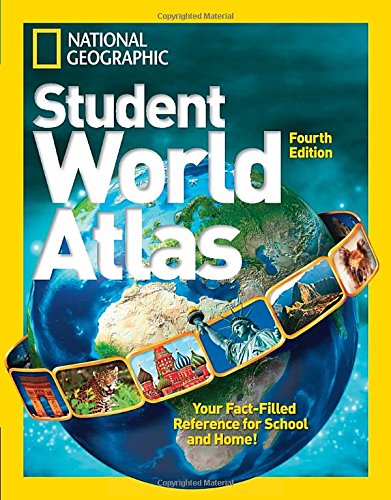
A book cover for National Geographic Student World Atlas Fourth Edition; National Geographic; Teen & Young Adult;